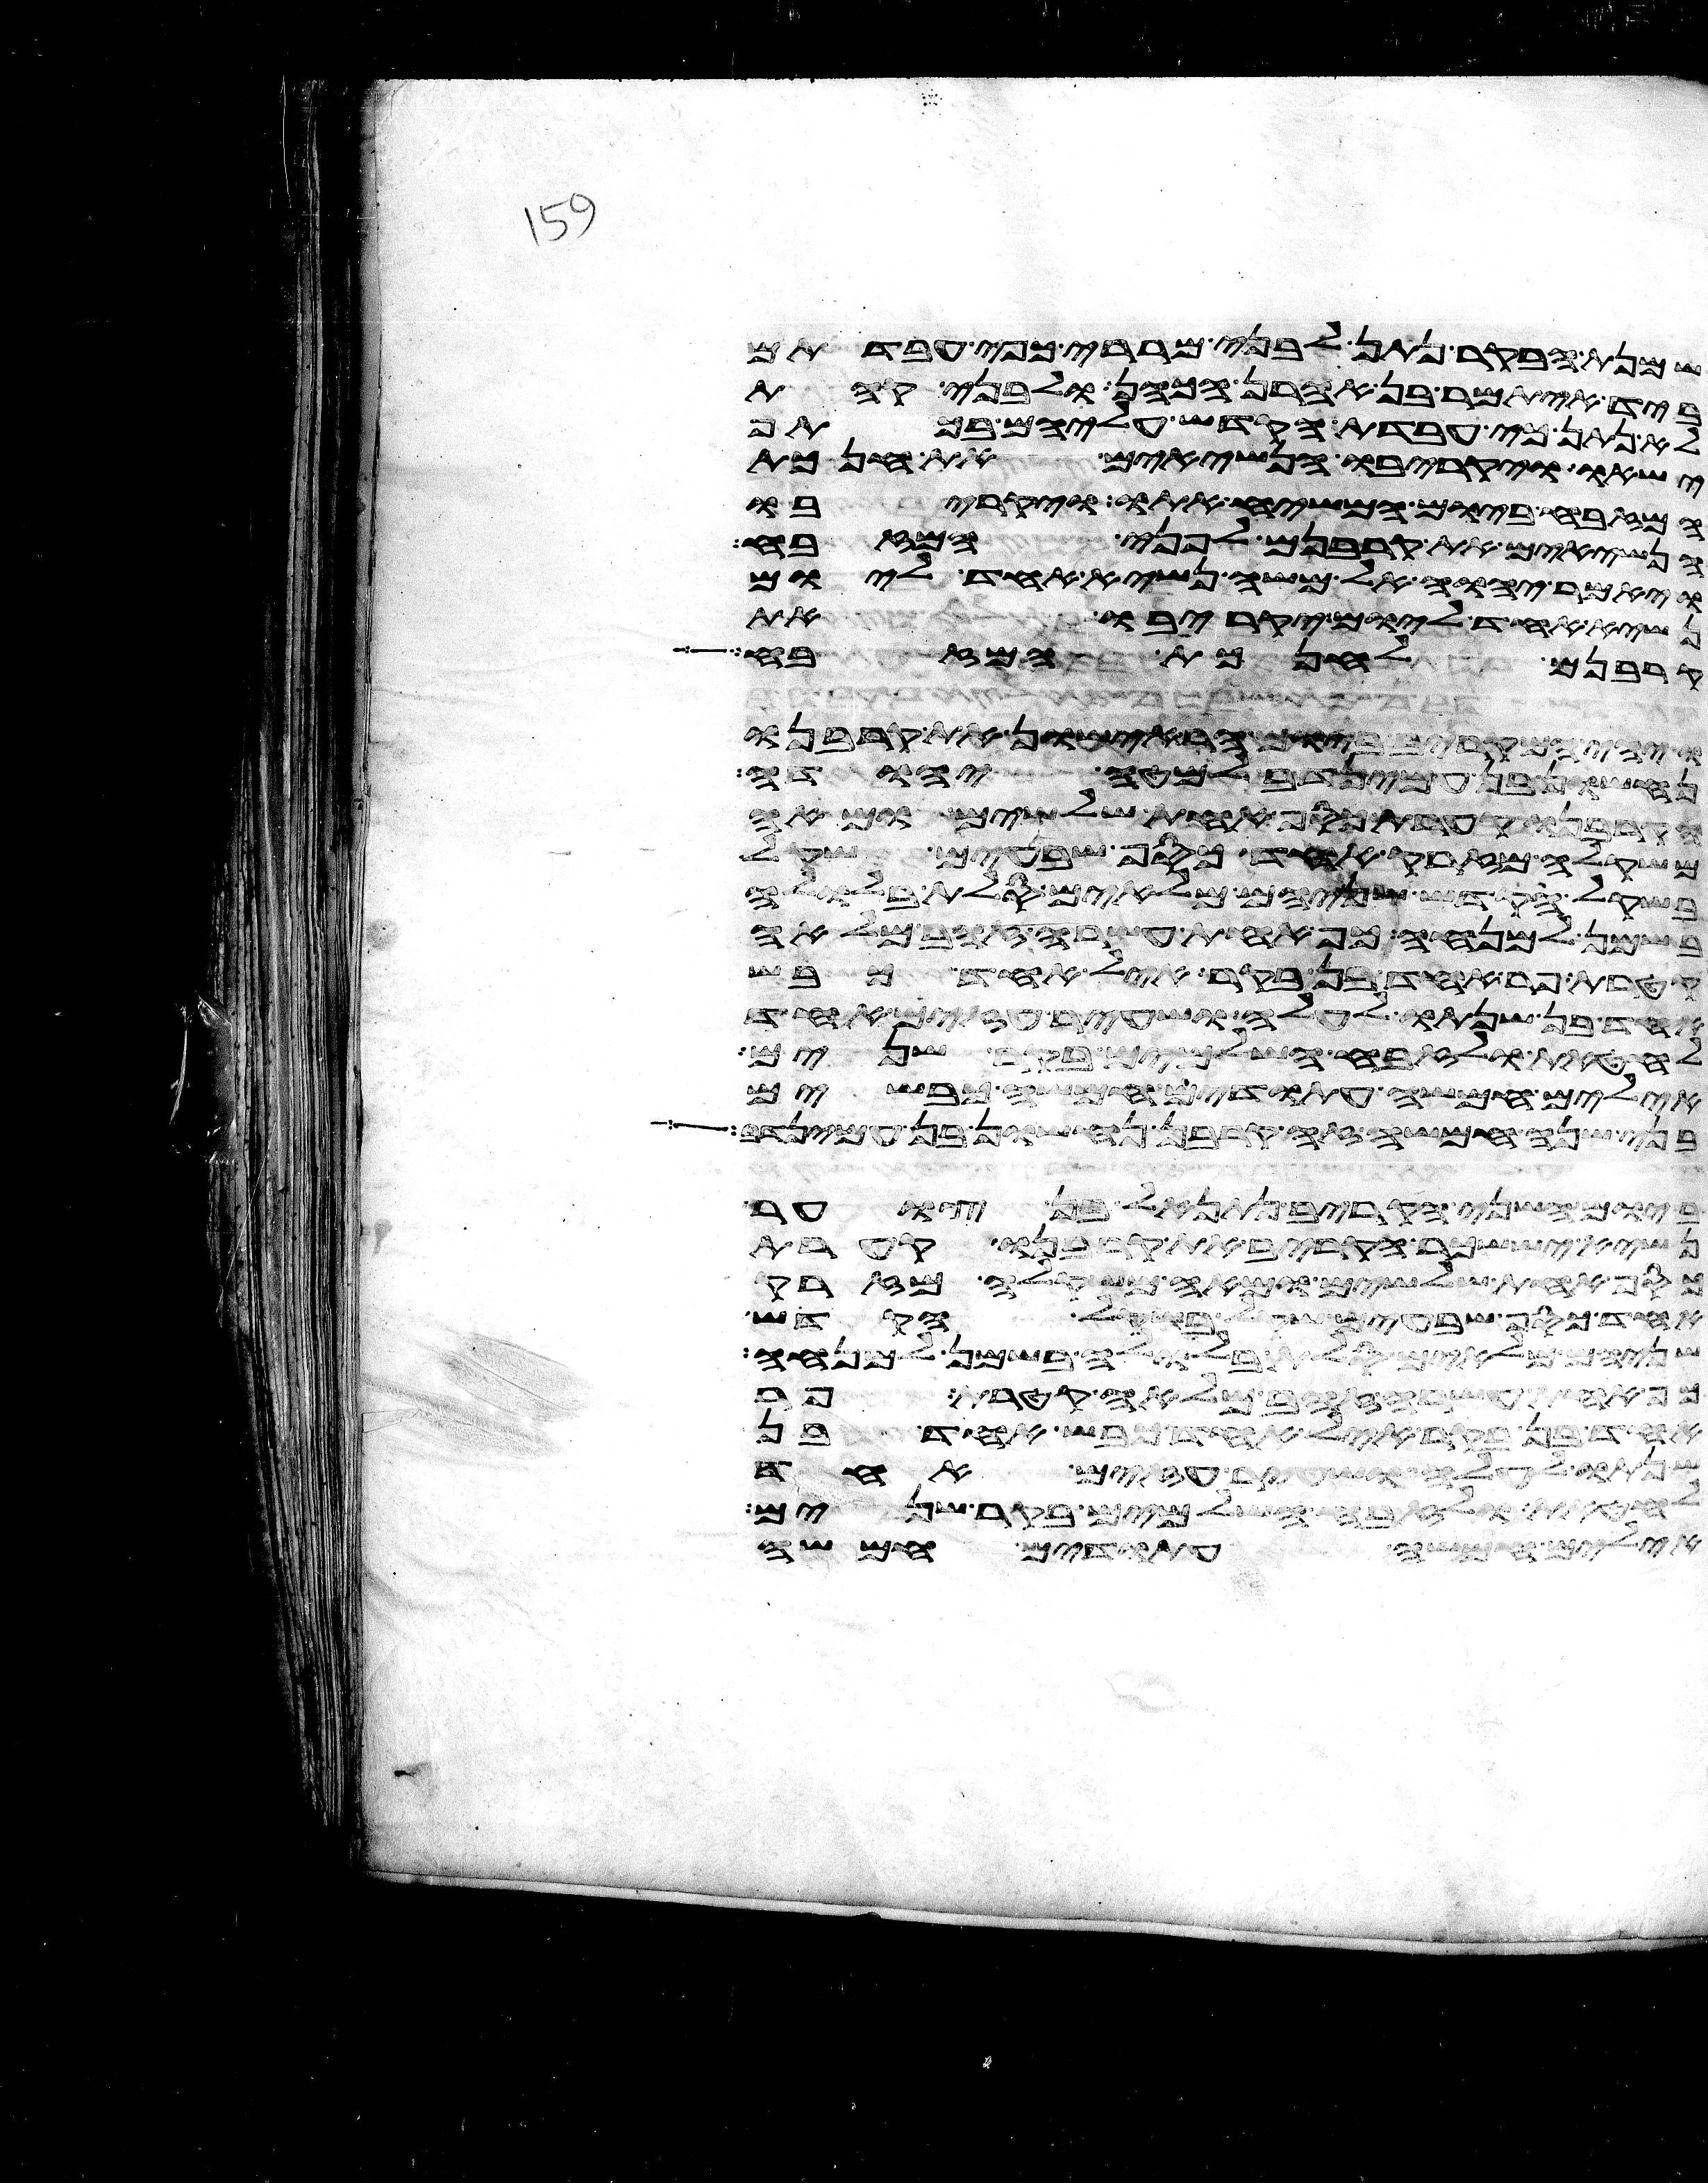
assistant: שמנת הבקר נתן לבני מררי כפי עבדתם
ביד איתמר בן אהרן הכהן ולבני קהת
לא נתן כי עבדת הקדש עליהם בכתף
ישאו ויקריבו הנשיאים את חנכת
המזבח ביום המשיח אתו ויקריבו
הנשיאים את קרבנם לפני המזבח
ויאמר יהוה אל משה נשיא אחד ליום
נשיא אחד ליום יקריבו את
קרבנם לחנכת המזבח
ויהי המקריב ביום הראישון את קרבנו
נחשון בן עמינדב למטה יהודה
וקרבנו קערת כסף אחת שלשים ומאה
משקלה מזרק אחד כסף שבעים שקל
בשקל הקדש שניהם מלאים סלת בלולה
בשמן למנחה כף אחת עשרה זהב מלאה
קטרת פר אחד בן בקר איל אחד כבש
אחד בן שנתו לעלה ושעיר עזים אחד
לחטאת ולזבח השלמים בקר שנים
אילים חמשה עתודים חמשה כבשים
בני שנה חמשה זה קרבן נחשון בן עמינדב
ביום השני הקריב נתנאל בן צוער
נשיא יששכר הקריב את קרבנו קערת
כסף אחת שלשים ומאה משקלה מזרק
אחד כסף שבעים שקל בשקל הקדש
שניהם מלאים סלת בלולה בשמן למנחה
כף אחת עשרה זהב מלאה קטרת פר
אחד בן בקר איל אחד כבש אחד בן
שנתו לעלה ושעיר עזים אחד
לחטאת ולזבח השלמים בקר שנים
אילים חמשה עתודים חמשה